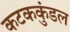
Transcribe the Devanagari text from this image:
कटककुंडल